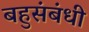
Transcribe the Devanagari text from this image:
बहुसंबंधी